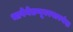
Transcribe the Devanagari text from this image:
भाषेगेतप्पूवरयारगंदा